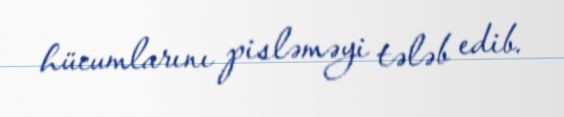
hücumlarını pisləməyi tələb edib.